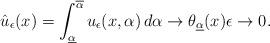
LaTeX: \begin{align*}\hat u_\epsilon(x) = \int_{\underline\alpha}^{\overline\alpha} u_\epsilon(x,\alpha)\,d\alpha \to \theta_{\underline\alpha}(x)\epsilon \to 0.\end{align*}